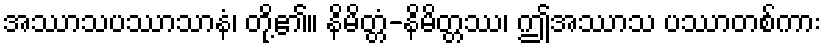
အဿာသပဿာသာနံ၊ တို့၏။ နိမိတ္တံ-နိမိတ္တဿ၊ ဤအဿာသ ပဿာတစ်ကား